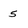
Character: 5